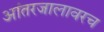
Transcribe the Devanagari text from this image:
आंतरजालावरच